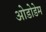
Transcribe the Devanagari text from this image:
ओडोडेम